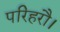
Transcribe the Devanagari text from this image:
परिहरौ।